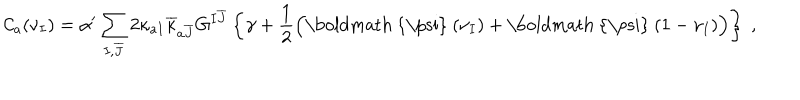
LaTeX: { \cal C } _ { a } ( \nu _ { I } ) = \alpha ^ { \prime } \sum _ { I , \overline { { { J } } } } 2 \kappa _ { a I } \overline { { { \kappa } } } _ { a \overline { { { J } } } } G ^ { I \overline { { { J } } } } \left\{ \gamma + \frac { 1 } { 2 } \Big ( \mathrm { \boldmath ~ { \ p s i } ~ } ( \nu _ { I } ) + \mathrm { \boldmath ~ { \ p s i } ~ } ( 1 - \nu _ { I } ) \Big ) \right\} ~ ,